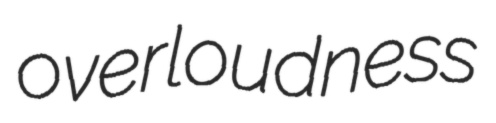
overloudness